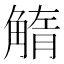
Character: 𧤓